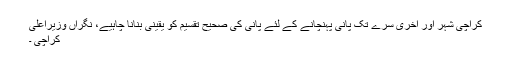
کراچی شہر اور آخری سرے تک پانی پہنچانے کے لئے پانی کی صحیح تقسیم کو یقینی بنانا چاہیے، نگراں وزیراعلی
کراچی ۔